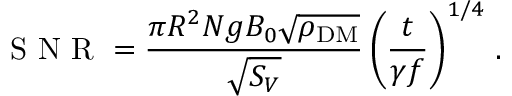
\mathrm { ~ S ~ N ~ R ~ } = \frac { \pi R ^ { 2 } N g B _ { 0 } \sqrt { \rho _ { \mathrm { D M } } } } { \sqrt { S _ { V } } } \left( \frac { t } { \gamma f } \right) ^ { 1 / 4 } \, .